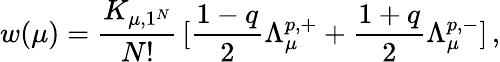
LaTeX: w(\mu)=\frac{K_{\mu,1^{N}}}{N!}\, [\frac{1-q}{2}\Lambda_{\mu}^{p,+}+\frac{1+q}{2}\Lambda_{\mu}^{p,-}]\, ,